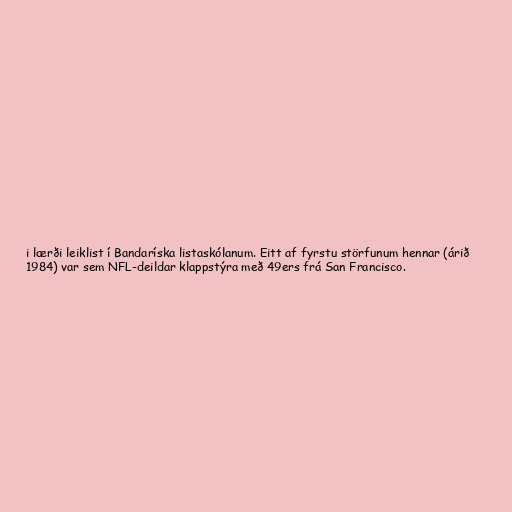
i lærði leiklist í Bandaríska listaskólanum. Eitt af fyrstu störfunum hennar (árið
1984) var sem NFL-deildar klappstýra með 49ers frá San Francisco.